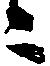
ニ